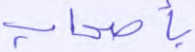
بأصحاب